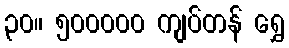
၃၀။ ၅၀၀၀၀၀ ကျပ်တန် ရွှေ